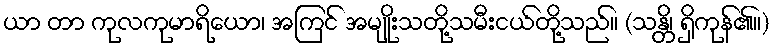
ယာ တာ ကုလကုမာရိယော၊ အကြင် အမျိုးသတို့သမီးငယ်တို့သည်။ (သန္တိ၊ ရှိကုန်၏။)